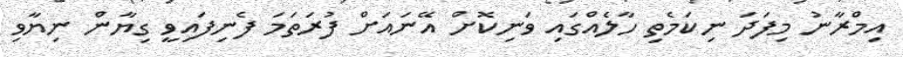
އިމްރާނު މިފަދަ ނިކަމެތި ހާލެއްގައި ވަނިކޮށް އޭނައަށް ފުރަތަމަ ފެނިފައިވީ ގިޔާން ނިޔާވި